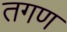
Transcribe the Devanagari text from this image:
तगण